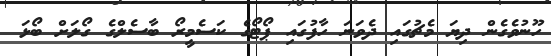
ހޫނުވެގެން ދިޔަ މެޗުގައި ދެވަނަ ހާފުގައި ޕޯޓޯގެ ކަސެމީރޯ ބާސެލްގެ ގޯލަށް ބޯޅަ